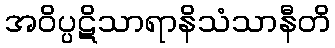
အဝိပ္ပဋိသာရာနိသံသာနီတိ